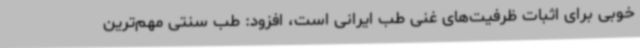
خوبی برای اثبات ظرفیت‌های غنی طب ایرانی است، افزود: طب سنتی مهم‌ترین